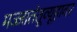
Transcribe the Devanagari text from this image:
मज्जातंतूव्यूहावर